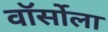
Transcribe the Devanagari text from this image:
वॉर्सोला